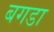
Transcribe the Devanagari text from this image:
बगडा